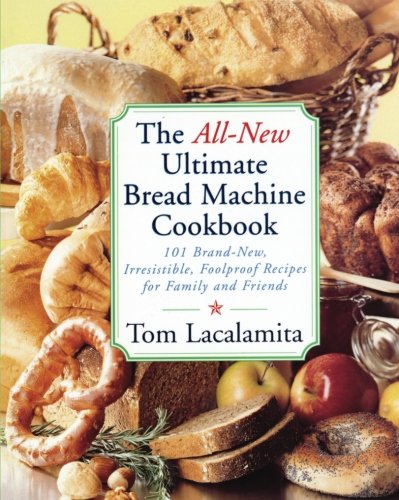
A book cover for The All New Ultimate Bread Machine Cookbook: 101 Brand New Irresistible Foolproof Recipes For Family And Friends; Tom Lacalamita; Cookbooks, Food & Wine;